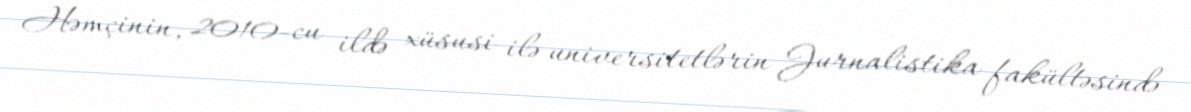
Həmçinin, 2010-cu ildə xüsusi ilə universitetlərin Jurnalistika fakültəsində